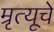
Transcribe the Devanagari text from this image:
म्रृत्यूचे